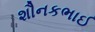
શૌનકભાઈ